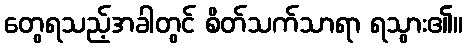
တွေရသည့်အခါတွင် စိတ်သက်သာရာ ရသွား၏။